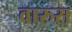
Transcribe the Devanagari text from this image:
वारुस